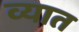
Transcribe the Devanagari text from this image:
व्यात